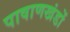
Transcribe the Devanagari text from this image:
पाषाणखंडों